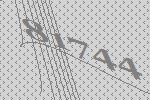
81744